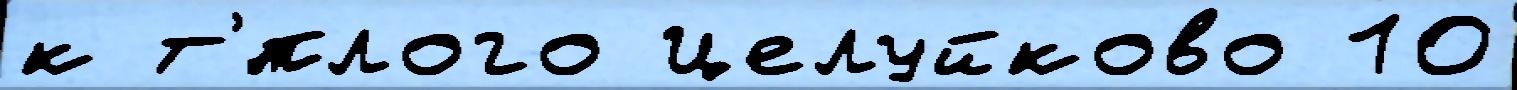
к т'́плого Целуйково 10